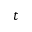
t